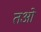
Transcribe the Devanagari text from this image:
तओ